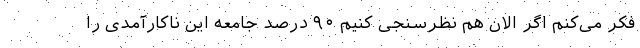
فکر می‌کنم اگر الان هم نظرسنجی کنیم ۹۰ درصد جامعه این ناکارآمدی را